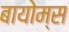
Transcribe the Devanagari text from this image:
बायोम्स